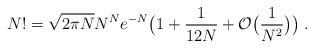
LaTeX: \begin{align*}N!=\sqrt{2\pi N}N^Ne^{-N}\big( 1+\frac{1}{12N}+{\cal O}\big(\frac{1}{N^2}\big) \big) \; .\end{align*}